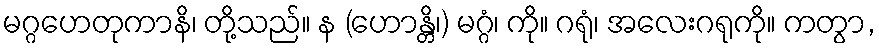
မဂ္ဂဟေတုကာနိ၊ တို့သည်။ န (ဟောန္တိ၊) မဂ္ဂံ၊ ကို။ ဂရုံ၊ အလေးဂရုကို။ ကတွာ,